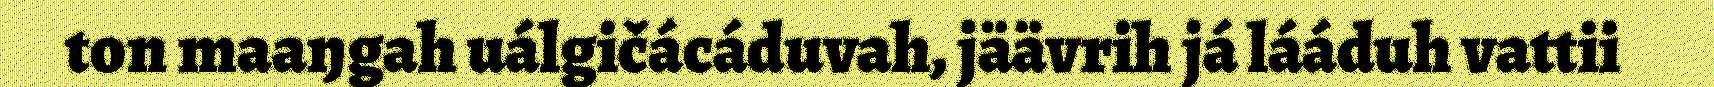
ton maaŋgah uálgičácáduvah, jäävrih já lááduh vattii